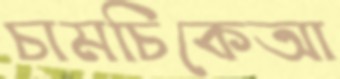
চামচিকেআ